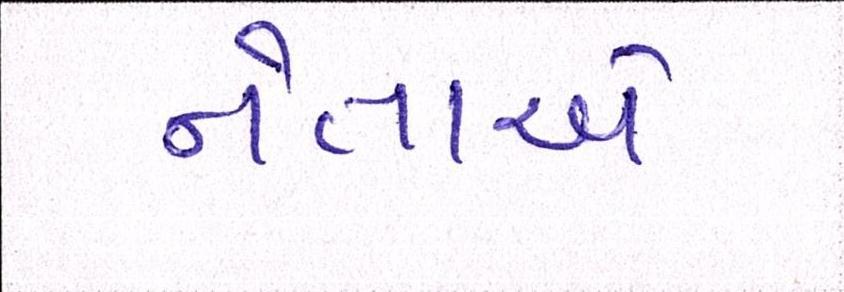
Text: નેતાએ